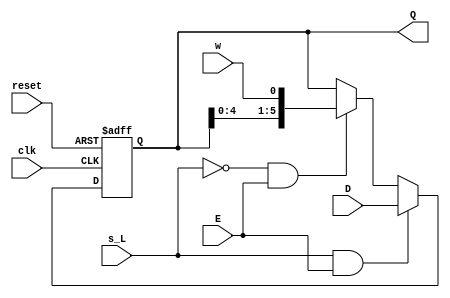
`timescale 1ns / 1ps
//////////////////////////////////////////////////////////////////////////////////
// Company: CSULB
// Engineers: Jose Aceves & Amin Rezaei 
// Design Name: 361_Lab4
// Module Name: LShift_Reg
//////////////////////////////////////////////////////////////////////////////////

module LShift_Reg(
    input clk,
    input reset,
    input [5:0] D,
    input s_L,
    input E,
    input w,
    output reg [5:0] Q
    );
    
    // Loadable left Shift Register with Enable 
    // s_L = 1, E = 1, Load from Data input
    // s_L = 0, E = 1, shift in w
    // else Q = Q
    always@(posedge clk, posedge reset) begin
        if(reset)
            Q <= 6'b0;
        else begin
            if(s_L && E)
                Q <= D;
            else if(~s_L && E)
                Q <= {Q[4:0],w};     
        end              
    end
endmodule